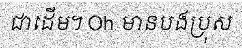
ជាដើម។ Oh មានបងប្រុស